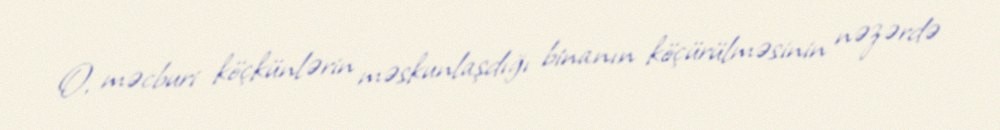
O, məcburi köçkünlərin məskunlaşdığı binanın köçürülməsinin nəzərdə